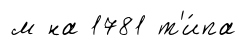
м на 1781 т'и́па